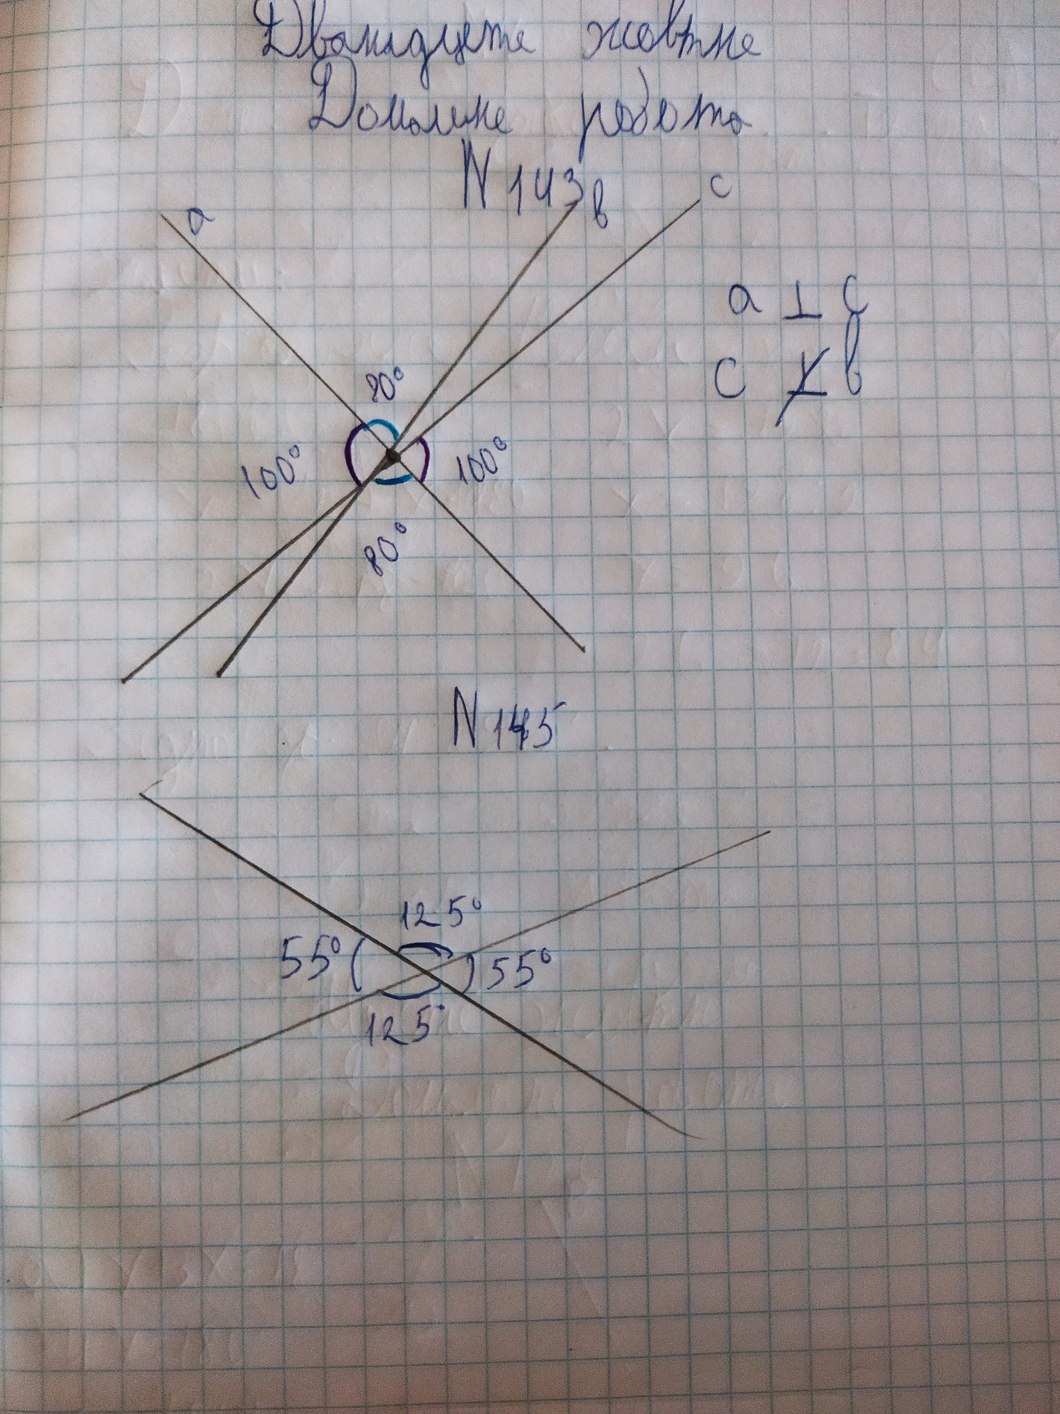
Дванадцяте жовтня
Домашня робота
N 143
a ⟂ c
с ~~⟂~~ b
N 145